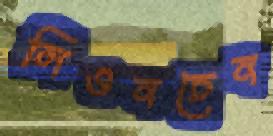
লিওনচেন